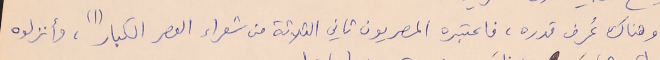
وهناك عُرف قدره، فاعتبره المصريون ثاني الثلاثة من شعراء العصر الكبار (١)، وأنزلوه